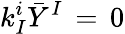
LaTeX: k_{I}^{i}{\bar{Y}}^{I}\, =\, 0